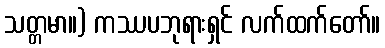
သတ္တမာ။) ကဿပဘုရားရှင် လက်ထက်တော်။